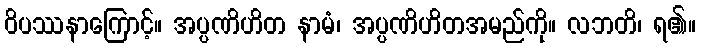
ဝိပဿနာကြောင့်။ အပ္ပဏိဟိတ နာမံ၊ အပ္ပဏိဟိတအမည်ကို။ လဘတိ၊ ရ၏။